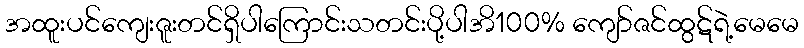
အထူးပင်ကျေးဇူးတင်ရှိပါကြောင်းသတင်းပို့ပါအိ100% ကျော်ဇင်ထွဋ်ရဲ့မေမေ